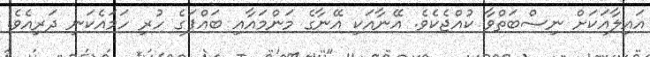
އައިލާއަކަށް ނިސްބަތްވާ ކުއްޖެކެވެ. އޭނާއަކި އޭނާގެ މަންމައާއި ބައްޕަގެ ހުރި ހަމައެކަނި ދަރިއެވެ.